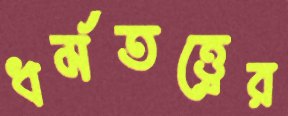
ধর্মতত্ত্বের